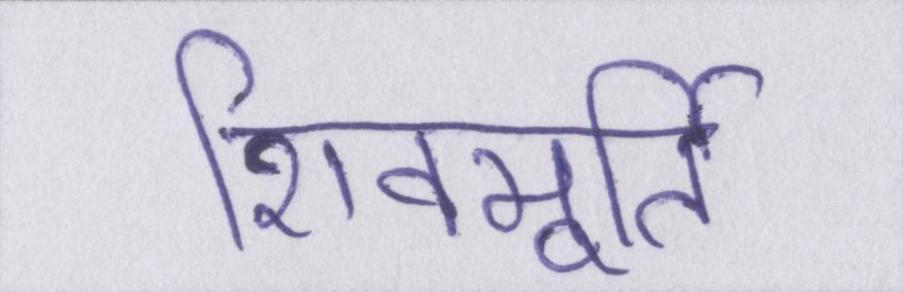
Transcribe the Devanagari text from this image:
शिवमूर्ति